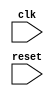
module apb_bus_controller(
    input wire clk,
    input wire reset,
    // add other input and output signals here
);

// define modules for clock generation, data transfers, buffering, error detection, etc.

// instantiate modules and define connections between them

endmodule